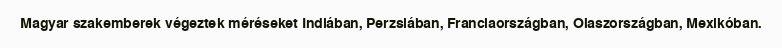
Magyar szakemberek végeztek méréseket Indiában, Perzsiában, Franciaországban, Olaszországban, Mexikóban.